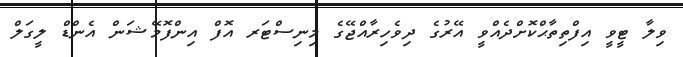
ވިލާ ޓީވީ އިފްތިތާޙްކޮށްދެއްވީ އޭރުގެ ދިވެހިރާއްޖޭގެ މިނިސްޓަރ އޮފް އިންފޮމޭޝަން އެންޑް ލީގަލް